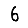
Digit: 6